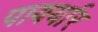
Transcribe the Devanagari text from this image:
पायर्यार